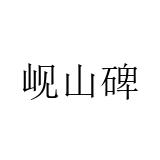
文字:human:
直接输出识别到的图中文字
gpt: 岘山碑